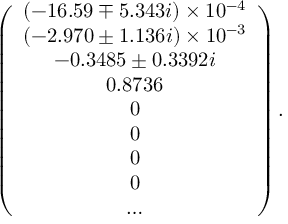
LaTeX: \left( \begin{array} { c } { { ( - 1 6 . 5 9 \mp 5 . 3 4 3 i ) \times 1 0 ^ { - 4 } } } \\ { { ( - 2 . 9 7 0 \pm 1 . 1 3 6 i ) \times 1 0 ^ { - 3 } } } \\ { { - 0 . 3 4 8 5 \pm 0 . 3 3 9 2 i } } \\ { { 0 . 8 7 3 6 } } \\ { { 0 } } \\ { { 0 } } \\ { { 0 } } \\ { { 0 } } \\ { { \ldots } } \end{array} \right) .